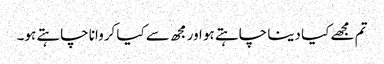
تم مجھے کیا دینا چاہتے ہو اور مجھ سے کیا کروانا چاہتے ہو۔